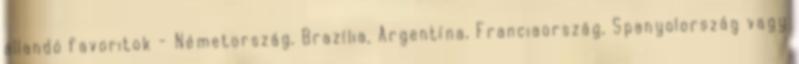
állandó favoritok - Németország, Brazília, Argentína, Franciaország, Spanyolország vagy